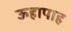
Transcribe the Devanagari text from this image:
ऊहापाह